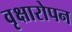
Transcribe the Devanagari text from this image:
वृक्षारोपन